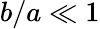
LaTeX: b/a\ll 1